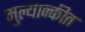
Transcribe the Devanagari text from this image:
मुल्यान्कीत